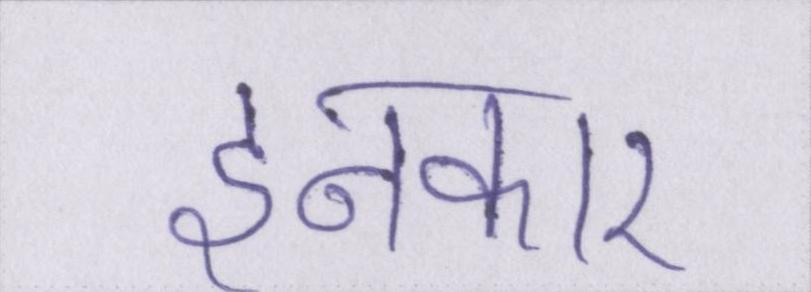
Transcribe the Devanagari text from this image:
इनकार